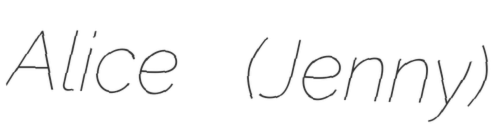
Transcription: Alice (Jenny)